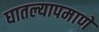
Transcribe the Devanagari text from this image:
घातल्यापमाणे